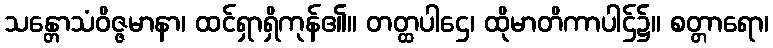
သန္တောသံဝိဇ္ဇမာနာ၊ ထင်ရှာရှိကုန်၏။ တတ္ထပါဌေ၊ ထိုမာတိကာပါဌ်၌။ စတ္တာရော၊